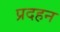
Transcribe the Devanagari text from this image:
प्रदहन